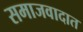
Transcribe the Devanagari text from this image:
समाजवादात